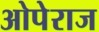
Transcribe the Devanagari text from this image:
ओपेराज